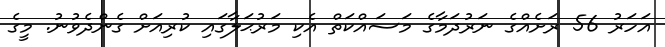
އަހަރު 56 ރަށެއްގެ ނަރުދަމާގެ މަސައްކަތް އެކި މަރުޙަލާގައި ކުރިއަށް ގެންދެވުނު. މީގެ